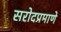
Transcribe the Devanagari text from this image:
सरोदप्रमाणे